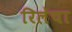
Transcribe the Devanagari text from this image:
रिलेचा